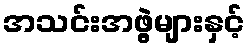
အသင်းအဖွဲ့များနှင့်